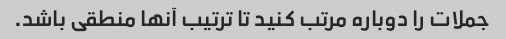
جملات را دوباره مرتب کنید تا ترتیب آنها منطقی باشد.